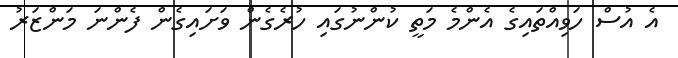
އެ އުސް ހަވިއްތައިގެ އެންމެ މަތީ ކުންނުގައި ހުރެގެން ވަށައިގެން ފެންނަ މަންޒަރު